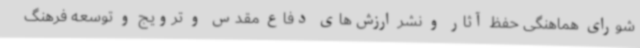
شورای هماهنگی حفظ آثار و نشر ارزش‌های دفاع مقدس و ترویج و توسعه فرهنگ